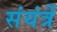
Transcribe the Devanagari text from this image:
संयंत्रें